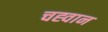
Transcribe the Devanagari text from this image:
चह्वान